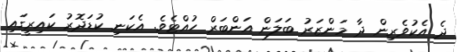
ދެ އެކުވެރިން ދާ މަންޒަރު ބަލަން އަންބަރް ހުއްޓެވެ. އެކަނި ކުޑަދޮރު ކައިރީގައި